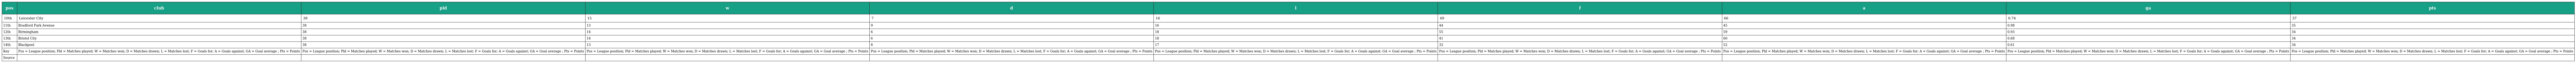
| pos | club | pld | w | d | l | f | a | ga | pts |
 | --- | --- | --- | --- | --- | --- | --- | --- | --- | --- |
 | 10th | Leicester City | 38 | 15 | 7 | 16 | 49 | 66 | 0.74 | 37 |
 | 11th | Bradford Park Avenue | 38 | 13 | 9 | 16 | 44 | 45 | 0.98 | 35 |
 | 12th | Birmingham | 38 | 14 | 6 | 18 | 55 | 59 | 0.93 | 34 |
 | 13th | Bristol City | 38 | 14 | 6 | 18 | 41 | 60 | 0.68 | 34 |
 | 14th | Blackpool | 38 | 13 | 8 | 17 | 32 | 52 | 0.61 | 34 |
 | Key | Pos = League position; Pld = Matches played; W = Matches won; D = Matches drawn; L = Matches lost; F = Goals for; A = Goals against; GA = Goal average ; Pts = Points | Pos = League position; Pld = Matches played; W = Matches won; D = Matches drawn; L = Matches lost; F = Goals for; A = Goals against; GA = Goal average ; Pts = Points | Pos = League position; Pld = Matches played; W = Matches won; D = Matches drawn; L = Matches lost; F = Goals for; A = Goals against; GA = Goal average ; Pts = Points | Pos = League position; Pld = Matches played; W = Matches won; D = Matches drawn; L = Matches lost; F = Goals for; A = Goals against; GA = Goal average ; Pts = Points | Pos = League position; Pld = Matches played; W = Matches won; D = Matches drawn; L = Matches lost; F = Goals for; A = Goals against; GA = Goal average ; Pts = Points | Pos = League position; Pld = Matches played; W = Matches won; D = Matches drawn; L = Matches lost; F = Goals for; A = Goals against; GA = Goal average ; Pts = Points | Pos = League position; Pld = Matches played; W = Matches won; D = Matches drawn; L = Matches lost; F = Goals for; A = Goals against; GA = Goal average ; Pts = Points | Pos = League position; Pld = Matches played; W = Matches won; D = Matches drawn; L = Matches lost; F = Goals for; A = Goals against; GA = Goal average ; Pts = Points | Pos = League position; Pld = Matches played; W = Matches won; D = Matches drawn; L = Matches lost; F = Goals for; A = Goals against; GA = Goal average ; Pts = Points |
 | Source |  |  |  |  |  |  |  |  |  |